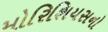
મોરિશિયસનો